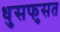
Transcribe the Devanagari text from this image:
धुसफुसत